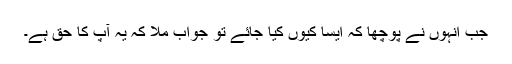
جب انہوں نے پوچھا کہ ایسا کیوں کیا جائے تو جواب ملا کہ یہ آپ کا حق ہے۔